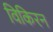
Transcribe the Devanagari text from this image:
विकिरन